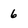
Character: 6